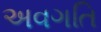
અવગતિ